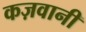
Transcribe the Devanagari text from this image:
कज़वानी